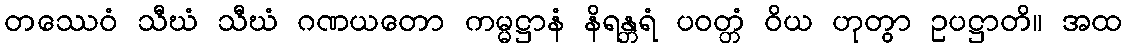
တဿေဝံ သီဃံ သီဃံ ဂဏယတော ကမ္မဋ္ဌာနံ နိရန္တရံ ပဝတ္တံ ဝိယ ဟုတွာ ဥပဋ္ဌာတိ။ အထ